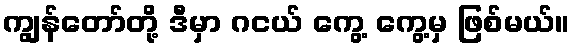
ကျွန်တော်တို့ ဒီမှာ ဂငယ် ကွေ့ ကွေ့မှ ဖြစ်မယ်။